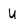
Character: u